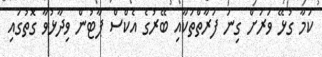
ކަމާ ގުޅޭ ވަރަށް ގިނަ ފަރާތްތަކާއި ބޭރުގެ އެކްސް ޕާޓުން ވިދާޅުވާ ގޮތުގައި